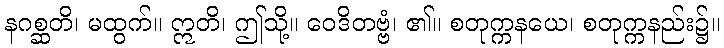
နဂစ္ဆတိ၊ မထွက်။ ဣတိ၊ ဤသို့။ ဝေဒိတဗ္ဗံ၊ ၏။ စတုက္ကနယေ၊ စတုက္ကနည်း၌။